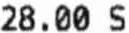
28.00 S